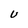
Character: U